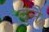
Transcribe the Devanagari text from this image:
दुनै